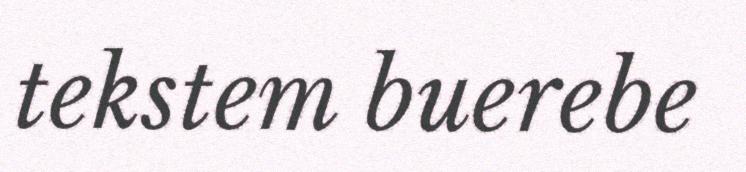
tekstem buerebe